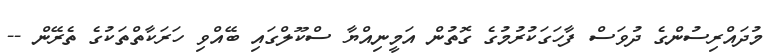
މުދައްރިސުންގެ ދުވަސް ފާހަގަކުރުމުގެ ގޮތުން އަމީނިއްޔާ ސްކޫލްގައި ބޭއްވި ހަރަކާތްތަކުގެ ތެރޭން --